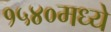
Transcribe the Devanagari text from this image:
१५४०मध्ये